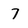
Character: 7